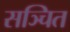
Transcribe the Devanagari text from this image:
सञ्चित